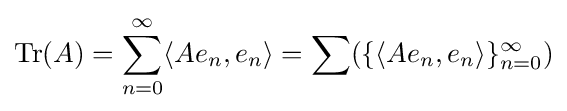
{\rm {Tr}}(A)=\sum _{n=0}^{\infty }\langle Ae_{n},e_{n}\rangle =\sum (\{\langle Ae_{n},e_{n}\rangle \}_{n=0}^{\infty })